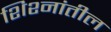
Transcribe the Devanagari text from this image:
शिश्नांतील